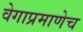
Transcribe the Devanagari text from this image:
वेगाप्रमाणेच